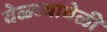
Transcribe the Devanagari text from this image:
वेळ्च्यावेळी